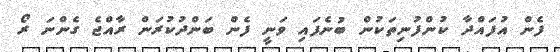
ފެން އުފައްދާ ކުންފުނިތަކުން ބުނެފައި ވަނީ ފެން ބަންދުކުރަން ރާއްޖެ ގެންނަ ރޯ